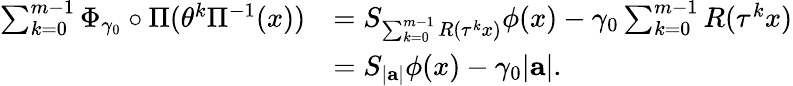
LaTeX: \begin{array}{rl}{\sum_{k=0}^{m-1}\Phi_{\gamma_{0}}\circ\Pi(\theta^{k}\Pi^{-1}(x))}&{=S_{\sum_{k=0}^{m-1}R(\tau^{k}x)}\phi(x)-\gamma_{0}\sum_{k=0}^{m-1}R(\tau^{k}x)}\\ &{=S_{|\mathbf a|}\phi(x)-\gamma_{0}|\mathbf a|.}\end{array}